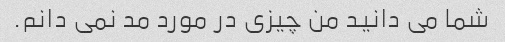
شما می دانید من چیزی در مورد مد نمی دانم.